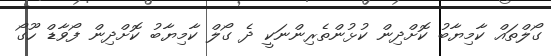
ގޯލްތައް ކާމިޔާބު ކޮށްދިން ކުޅުންތެރިންނަކީ ދެ ގޯލް ކާމިޔާބު ކޮށްދިން ފޯވާޑް ހޫގޯ